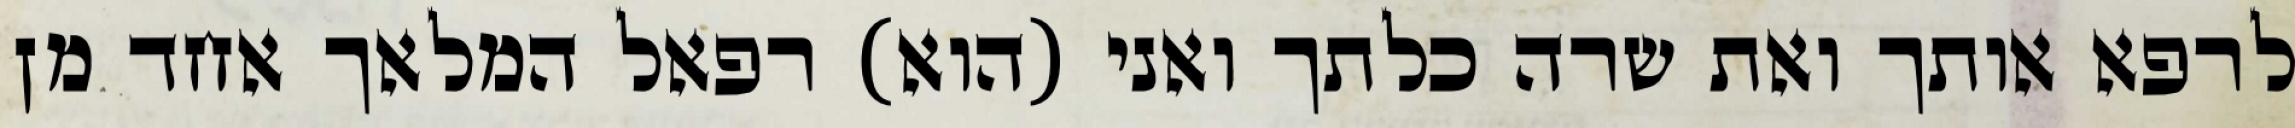
לרפא אותך ואת שרה כלתך ואני (הוא) רפאל המלאך אחד מן